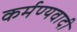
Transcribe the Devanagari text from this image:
कर्मण्यवादी